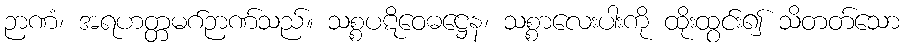
ဉာဏံ၊ အရဟတ္တမဂ်ဉာဏ်သည်။ သစ္စပဋိဝေဓဋ္ဌေန၊ သစ္စာလေးပါးကို ထိုးထွင်း၍ သိတတ်သော